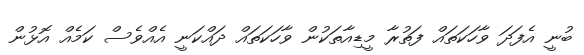
ބުނީ އެފަދަ ވާހަކަތައް ފަތުރާ މީޑިއާތަކުން ވާހަކަތައް ދައްކަނީ އެއްވެސް ކަމެއް އޮޅުން